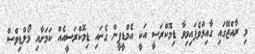
މި ރާއްޖޭގައި ގާއިމްވެފައިމިވާ ޑިމޮކްރަސީ އަކީ އެމްޑީޕީން ގެނައި ޑިމޮކްރަސީއެއް ކަމަށާއި މޯލްޑިވްސް